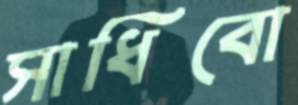
সাধিবো